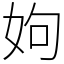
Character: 姁